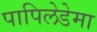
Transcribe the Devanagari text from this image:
पापिलेडेमा